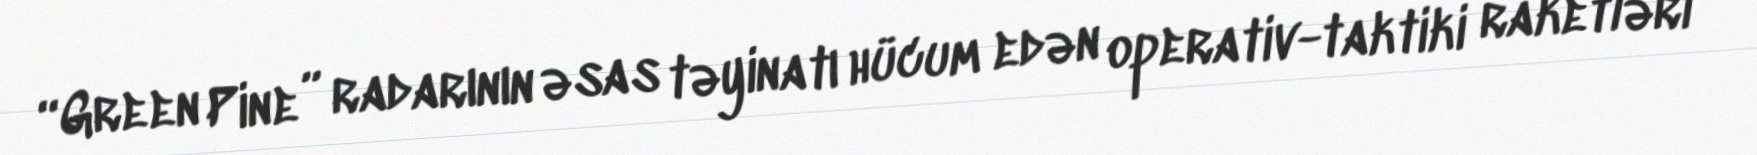
“Green Pine” radarının əsas təyinatı hücum edən operativ-taktiki raketləri